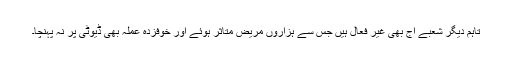
تاہم دیگر شعبے آج بھی غیر فعال ہیں جس سے ہزاروں مریض متاثر ہوئے اور خوفزدہ عملہ بھی ڈیوٹی پر نہ پہنچا۔